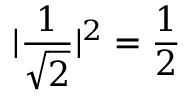
| \frac { 1 } { \sqrt { 2 } } | ^ { 2 } = \frac { 1 } { 2 }